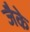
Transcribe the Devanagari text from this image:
जैके